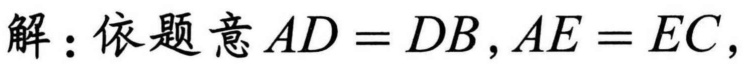
解：依题意$AD = DB,AE = EC$,